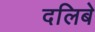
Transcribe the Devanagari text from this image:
दलिबे